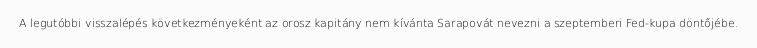
A legutóbbi visszalépés következményeként az orosz kapitány nem kívánta Sarapovát nevezni a szeptemberi Fed-kupa döntőjébe.